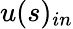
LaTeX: u(s)_{in}